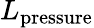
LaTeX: L_{\mathrm{pressure}}